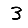
Digit: 3